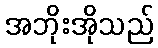
အဘိုးအိုသည်